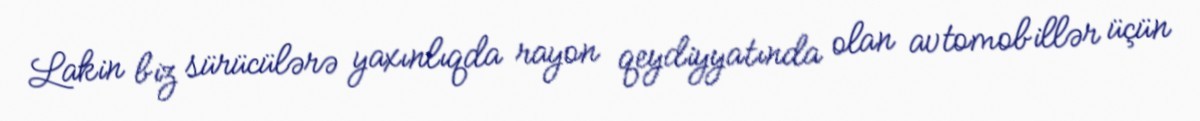
Lakin biz sürücülərə yaxınlıqda rayon qeydiyyatında olan avtomobillər üçün